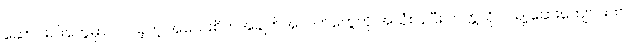
ဆောင်းပါးတွေမှာပါဝင်ခဲ့တဲ့ အသေးစိတ်အချက်အလက်တွေကို အသုံးပြုပြီး တက္ကသိုလ် ရဲ့ ဆေးကျောင်းက